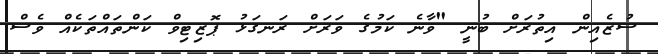
ސުޒެއިން އިތުރަށް ބުނީ "ވާނެ ކަމުގެ ވަރަށް ރަނގަޅު ޕޮޒިޓިވް ކަންތައްތަކެއް ވެސް